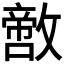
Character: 𪯙